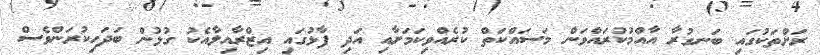
ރަށްތަކުގައި ބަނގުރާ އާއްމުކުރައްވަން މަސައްކަތް ކުރެއްވިކަމަށާއި އަދި ފާޅުގައި އިޒްރާއިލާއެކު ގުޅުން ބަދަހިކުރަންވެސް